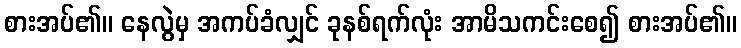
စားအပ်၏။ နေလွဲမှ အကပ်ခံလျှင် ခုနစ်ရက်လုံး အာမိသကင်းစေ၍ စားအပ်၏။